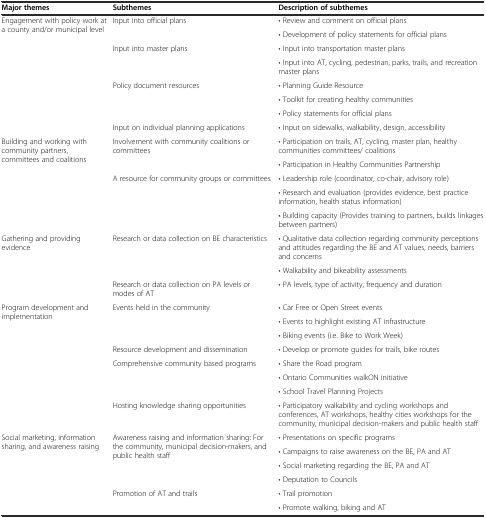
| Major themes | Subthemes | Description of subthemes |
 | --- | --- | --- |
 | <ROWSPAN=8> Engagement with policy work at a county and/or municipal level | <ROWSPAN=2> Input into official plans | • Review and comment on official plans |
 | • Development of policy statements for official plans |
 | <ROWSPAN=2> Input into master plans | • Input into transportation master plans |
 | • Input into AT, cycling, pedestrian, parks, trails, and recreation master plans |
 | <ROWSPAN=3> Policy document resources | • Planning Guide Resource |
 | • Toolkit for creating healthy communities |
 | • Policy statements for official plans |
 | Input on individual planning applications | • Input on sidewalks, walkability, design, accessibility |
 | <ROWSPAN=5> Building and working with community partners, committees and coalitions | <ROWSPAN=2> Involvement with community coalitions or committees | • Participation on trails, AT, cycling, master plan, healthy communities committees/ coalitions |
 | • Participation in Healthy Communities Partnership |
 | <ROWSPAN=3> A resource for community groups or committees | • Leadership role (coordinator, co-chair, advisory role) |
 | • Research and evaluation (provides evidence, best practice information, health status information) |
 | • Building capacity (Provides training to partners, builds linkages between partners) |
 | <ROWSPAN=3> Gathering and providing evidence | <ROWSPAN=2> Research or data collection on BE characteristics | • Qualitative data collection regarding community perceptions and attitudes regarding the BE and AT values, needs, barriers and concerns |
 | • Walkability and bikeability assessments |
 | Research or data collection on PA levels or modes of AT | • PA levels, type of activity, frequency and duration |
 | <ROWSPAN=8> Program development and implementation | <ROWSPAN=3> Events held in the community | • Car Free or Open Street events |
 | • Events to highlight existing AT infrastructure |
 | • Biking events (i.e. Bike to Work Week) |
 | Resource development and dissemination | • Develop or promote guides for trails, bike routes |
 | <ROWSPAN=3> Comprehensive community based programs | • Share the Road program |
 | • Ontario Communities walkON initiative |
 | • School Travel Planning Projects |
 | Hosting knowledge sharing opportunities | • Participatory walkability and cycling workshops and conferences, AT workshops, healthy cities workshops for the community, municipal decision-makers and public health staff |
 | <ROWSPAN=6> Social marketing, information sharing, and awareness raising | <ROWSPAN=4> Awareness raising and information sharing: For the community, municipal decision-makers, and public health staff | • Presentations on specific programs |
 | • Campaigns to raise awareness on the BE, PA and AT |
 | • Social marketing regarding the BE, PA and AT |
 | • Deputation to Councils |
 | <ROWSPAN=2> Promotion of AT and trails | • Trail promotion |
 | • Promote walking, biking and AT |